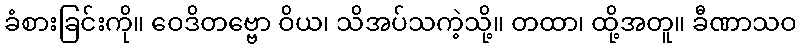
ခံစားခြင်းကို။ ဝေဒိတဗ္ဗော ဝိယ၊ သိအပ်သကဲ့သို့။ တထာ၊ ထို့အတူ။ ခီဏာသဝ